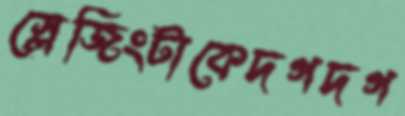
স্লেজিংটাকেদগদগ